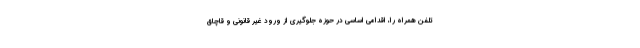
تلفن همراه را، اقدامی اساسی در حوزه جلوگیری از ورود غیر قانونی و قاچاق